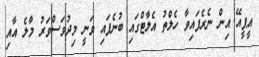
އީޕީއޭ އިން ނެރެފައިވާ ހެލްތު އެލާޓްގައި ބުނެފައި ވަނީ މިދުވަސްވަރު މާލެ އާއި